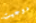
دوجيت